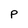
Character: P